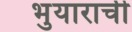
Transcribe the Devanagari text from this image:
भुयाराची